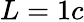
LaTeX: L=1c